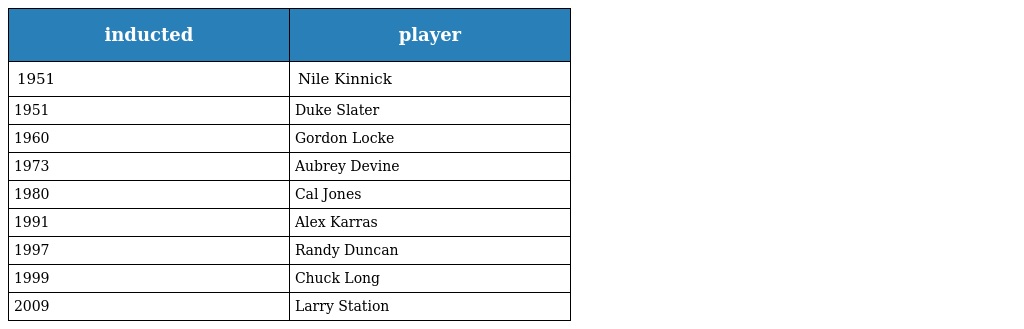
| inducted | player |
 | --- | --- |
 | 1951 | Nile Kinnick |
 | 1951 | Duke Slater |
 | 1960 | Gordon Locke |
 | 1973 | Aubrey Devine |
 | 1980 | Cal Jones |
 | 1991 | Alex Karras |
 | 1997 | Randy Duncan |
 | 1999 | Chuck Long |
 | 2009 | Larry Station |